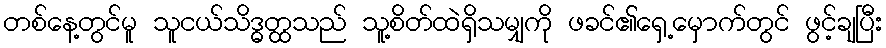
တစ်နေ့တွင်မူ သူငယ်သိဒ္ဓတ္ထသည် သူ့စိတ်ထဲရှိသမျှကို ဖခင်၏ရှေ့မှောက်တွင် ဖွင့်ချပြီး